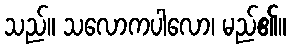
သည်။ သလောကပါလော၊ မည်၏။